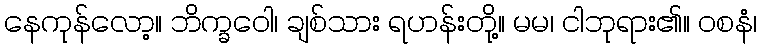
နေကုန်လော့။ ဘိက္ခဝေါ၊ ချစ်သား ရဟန်းတို့။ မမ၊ ငါဘုရား၏။ ဝစနံ၊